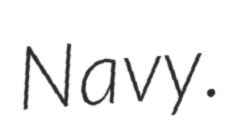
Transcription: Navy.